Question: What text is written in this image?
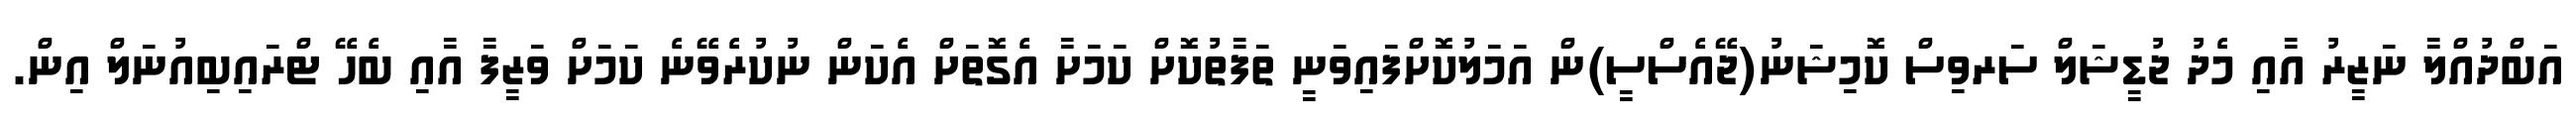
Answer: އަބްދުއްލާ ނަޒީރު އާއި މެދު ޖުޑީޝަލް ސަރވިސް ކޮމިޝަނު(ޖޭއެސްސީ)ން އަމަލުކޮށްފައިވަނީ ތަފާތުކޮށް ކަމަށާ އެގޮތަށް އެކަން ނުކުރެވޭނެ ކަމަށް ވަޒީފާ އާއި ބެހޭ ޓްރައިބިއުނަލް އިން.